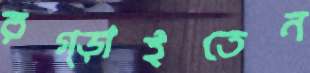
রগ্‌ড়াইতেন